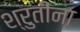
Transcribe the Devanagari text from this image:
श्रुतींना